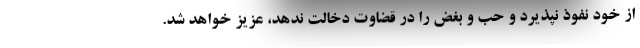
از خود نفوذ نپذیرد و حب و بغض را در قضاوت دخالت ندهد، عزیز خواهد شد.